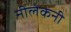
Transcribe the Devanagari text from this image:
नीलेकनी